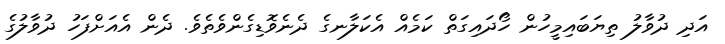
އަދި ދުވާލު ތިޔަބައިމީހުން ހޯދައިގަތް ކަމެއް އެކަލާނގެ ދެނެވޮޑިގެންވެތެވެ. ދެން އެއަށްފަހު ދުވާލުގެ